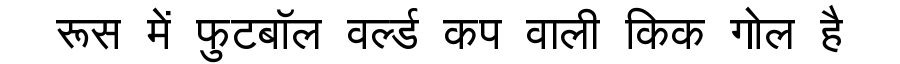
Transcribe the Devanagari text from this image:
रूस में फुटबॉल वर्ल्ड कप वाली किक गोल है